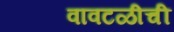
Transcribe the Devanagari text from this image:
वावटळीची